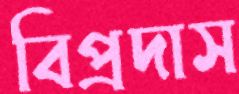
বিপ্রদাস